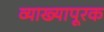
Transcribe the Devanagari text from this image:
व्याख्यापूरक